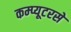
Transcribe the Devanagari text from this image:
कम्प्यूटरसे